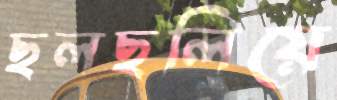
ছলছলিয়ে